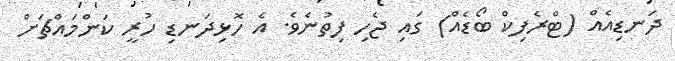
ދަނޑިއެއް (ޓްރެފިކް ބޯޑެއް) ގައި ޖެހި ފިތުނެވެ. އެ ހޮޅިދަނޑި ހުރީ ކަންމައްޗަށް